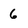
Character: 6